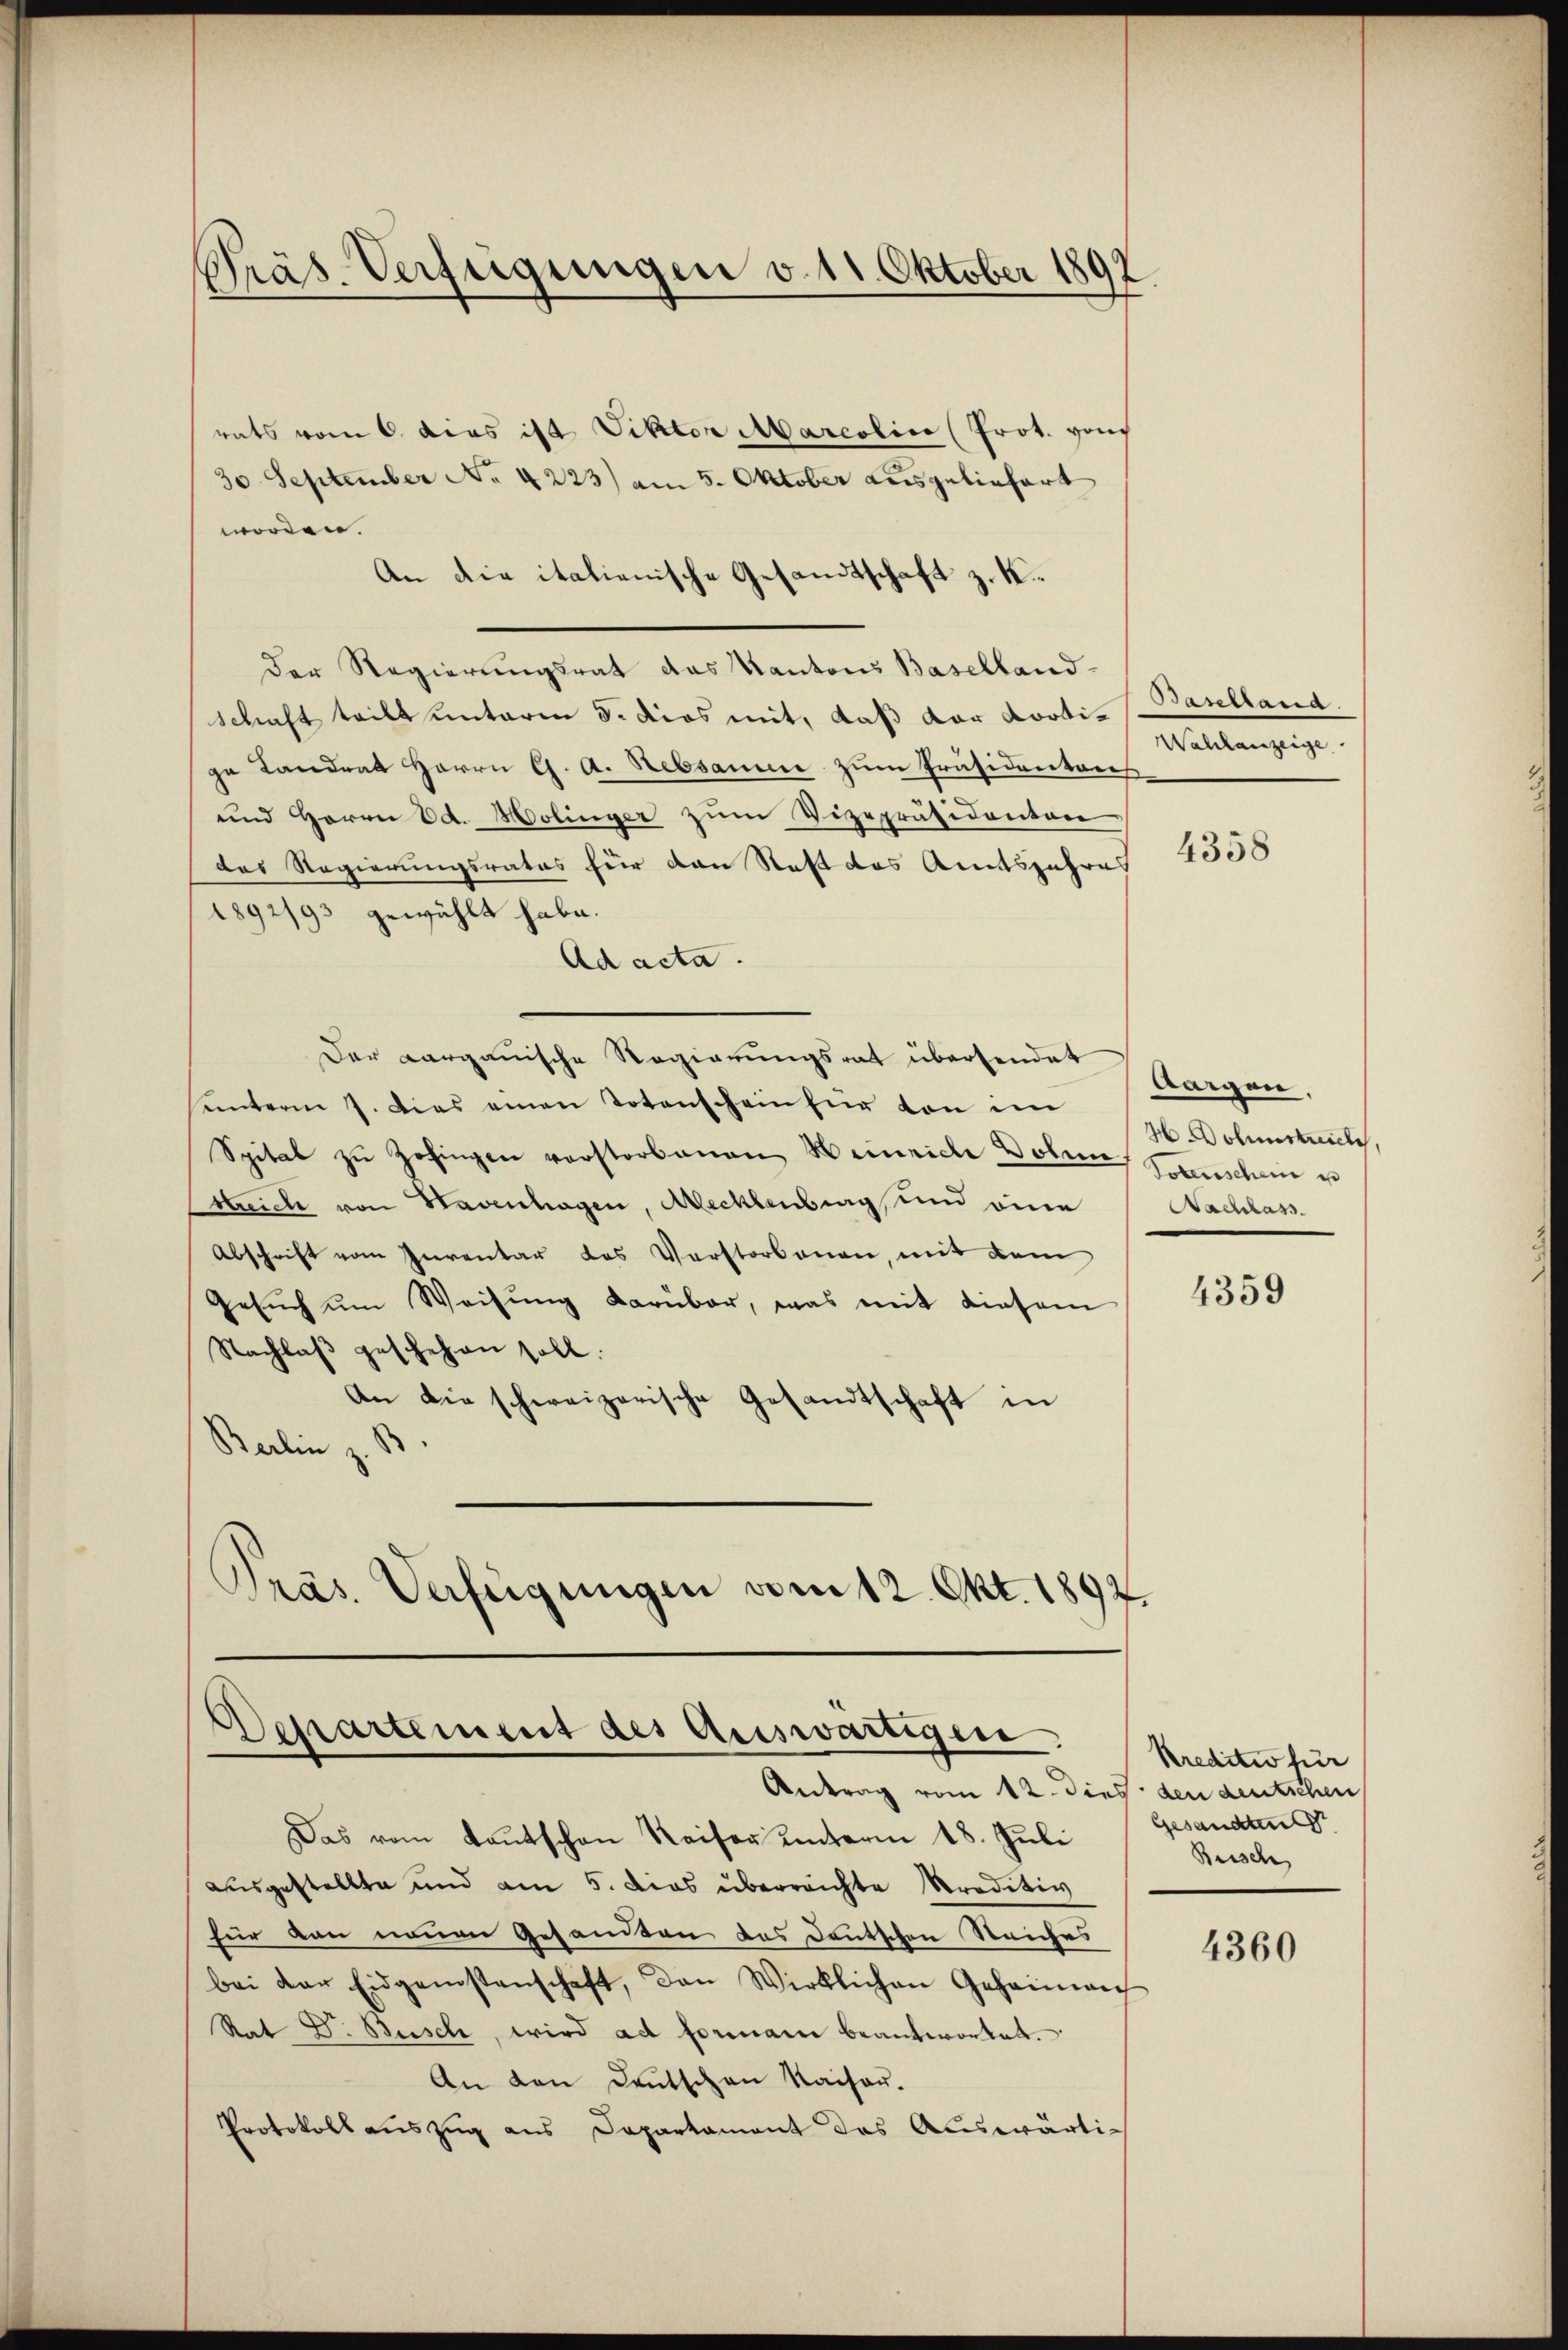
Präs. Verfügungen v. 11. Oktober 1897

rats vom 6. dies ist Viktor Marcolin (Prot. von
30. September No 4223) am 5. Oktober ausgeliefert
worden.
An die italienische Gesandtschaft z. K
Der Regierungsrat das Kantons Baselland-
schaft teilt unterm 5. dies mit, daß der Kooti-Baselland.
ge Landrat Herrn G. A. Rebsame zum Präsidentens
und Herrn Ed. Molinger zum Vizepräsidenten
das Regierungsrates für dann Statt das Amtsjahres
1892/93 gewählt habe.
Ad acta.
Der Aarganische Regierungsrat übersendet
unterm 7. Dies einen Totenschein für von im
Spital zu Zofingen vorstorbenen Heinrich Dolen, Seeschein u
streich von Havenhagen, Mecklenburg, und eine
Abschrift vom Inventar des Verstorbenen, mit dem
Gesŭch ŭm Weisŭng darüber, was mit diesem
Nachlaβ geschehen soll.
An die schweizerische Gesandtschaft in
Berlin z. B.
Pras. Verfügungen vom 12. Okt. 1892.

Departement des Auswärtigen
Antrag vom 12. dies den deutschen

Wahlanzeige

Das vom Kautschen Kaiser ŭnterm 18. Juli
ausgestellte und am 5. Dies überreichte raditiv
für dan neuen Gesandten das Deutschen Steiches
bei der Eidgenossenschaft, den Wirklichen Geheima
Rat D. Busch, wird ad formani beantwortet.
An den Deutschen Kaisau.
Protokoll auszug aus Departament des Auswärti¬

4358

baigen.
H Dolenstreich,
Nachlass

4359

Kreditiv für
Gesandten
Beisch

4360